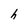
Character: h